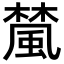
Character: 檒